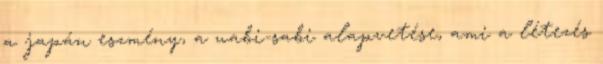
a japán eszmény, a wabi-sabi alapvetése, ami a létezés